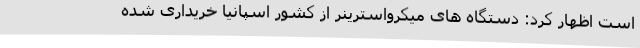
است اظهار کرد: دستگاه های میکرواسترینر از کشور اسپانیا خریداری شده